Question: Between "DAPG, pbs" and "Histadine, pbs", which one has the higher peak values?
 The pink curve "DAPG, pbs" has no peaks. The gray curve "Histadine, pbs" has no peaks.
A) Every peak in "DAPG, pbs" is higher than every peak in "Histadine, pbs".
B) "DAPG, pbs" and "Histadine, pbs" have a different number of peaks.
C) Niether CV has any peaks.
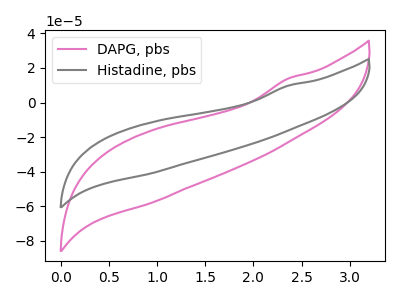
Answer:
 <answer>C) Niether CV has any peaks.</answer>
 <eval>C</eval>